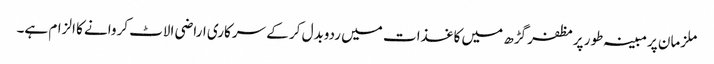
ملزمان پرمبینہ طور پرمظفر گڑھ میں کاغذات میں ردوبدل کر کے سرکاری اراضی الاٹ کروانے کا الزام ہے۔